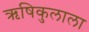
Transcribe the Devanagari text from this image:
ऋषिकुलाला